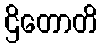
ဌိတောတိ